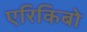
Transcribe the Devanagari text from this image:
एरिकिबो